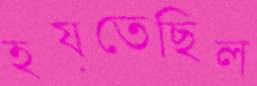
হয়তেছিল